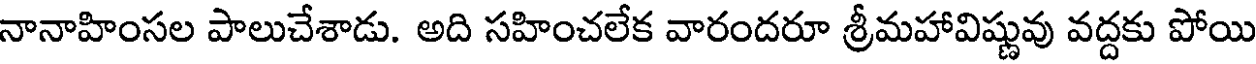
నానాహింసల పాలుచేశాడు. అది సహించలేక వారందరూ శ్రీమహావిష్ణువు వద్దకు పోయి